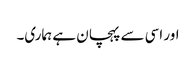
اور اسی سے پہچان ہے ہماری۔